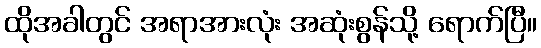
ထိုအခါတွင် အရာအားလုံး အဆုံးစွန်သို့ ရောက်ပြီ။